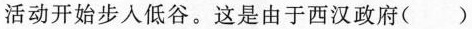
活动开始步入低谷。这是由于西汉政府()